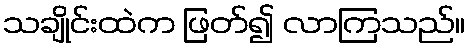
သချိုင်းထဲက ဖြတ်၍ လာကြသည်။